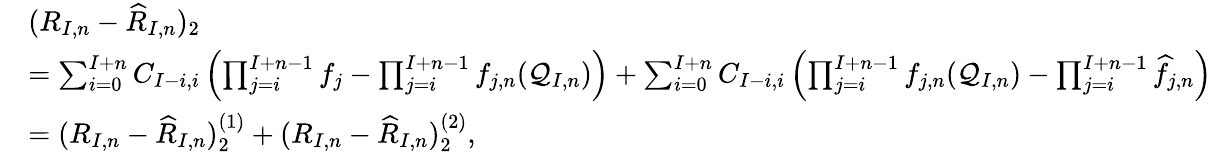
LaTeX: \begin{array}{rl}&{(R_{I,n}-\widehat{R}_{I,n})_{2}}\\ &{=\sum_{i=0}^{I+n}C_{I-i,i}\left(\prod_{j=i}^{I+n-1}f_{j}-\prod_{j=i}^{I+n-1}f_{j,n}(\mathcal{Q}_{I,n})\right)+\sum_{i=0}^{I+n}C_{I-i,i}\left(\prod_{j=i}^{I+n-1}f_{j,n}(\mathcal{Q}_{I,n})-\prod_{j=i}^{I+n-1}\widehat{f}_{j,n}\right)}\\ &{=(R_{I,n}-\widehat{R}_{I,n})_{2}^{(1)}+(R_{I,n}-\widehat{R}_{I,n})_{2}^{(2)},}\end{array}